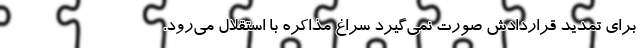
برای تمدید قراردادش صورت نمی‌گیرد سراغ مذاکره با استقلال می‌رود.